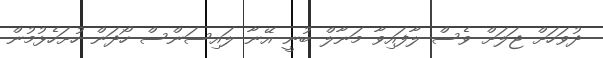
ދުވަހަށް ޖަލަށް ވެސް ލާފައިވާ މަނާލް ބުނީ އޭނާ ލައިސަންސް ހޯދަން ހުށަހެޅުމުން